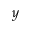
y